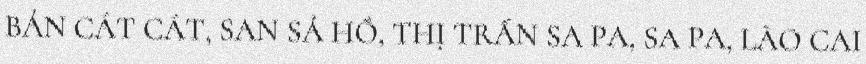
BẢN CÁT CÁT, SAN SẢ HỒ, THỊ TRẤN SA PA, SA PA, LÀO CAI